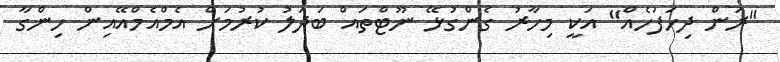
"ރަން ދިހަފަހެއް" އަކީ މިހާރު ގެންގުޅޭ ނޫޓްތައް ބަދަލު ކުރުމަށް އެމްއެމްއޭއިން ހިންގާ